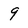
Character: 9